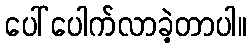
ပေါ်ပေါက်လာခဲ့တာပါ။